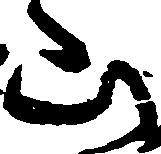
山